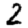
Digit: 2